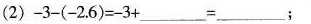
(2)$$- 3 - ( - 2 . 6 ) = - 3 + _____ = _____$$；